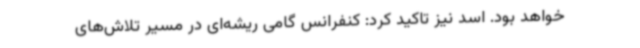
خواهد بود. اسد نیز تاکید کرد: کنفرانس گامی ریشه‌ای در مسیر تلاش‌های